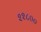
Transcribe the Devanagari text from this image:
२२८००